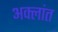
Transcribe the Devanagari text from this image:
अक्लांत